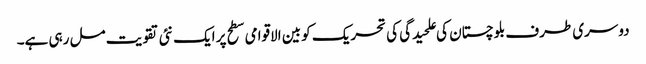
دوسری طرف بلوچستان کی علحیدگی کی تحریک کو بین الاقوامی سطح پر ایک نئی تقویت مل رہی ہے۔